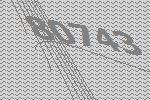
80743